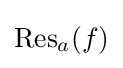
\operatorname {Res} _{a}(f)